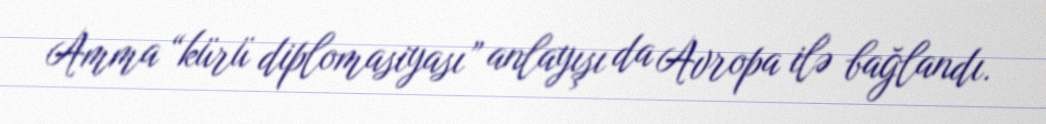
Amma “kürü diplomasiyası” anlayışı da Avropa ilə bağlandı.